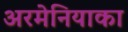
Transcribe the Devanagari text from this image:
अरमेनियाका